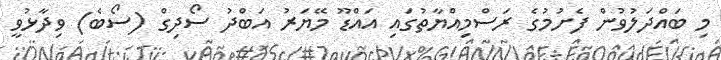
މި ބައްދަލުވުން ފެށުމުގެ ރަސްމިއްޔާތުގައި އައްޑޫ މޭޔަރު އަބްދު ސޯދިގް (ސޯބެ) ވިދާޅުވީ